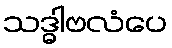
သဒ္ဓါဗလံပေ